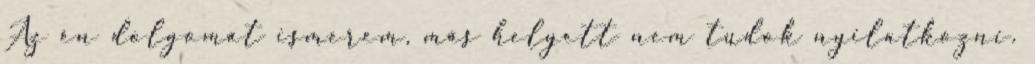
Az én dolgomat ismerem, más helyett nem tudok nyilatkozni.